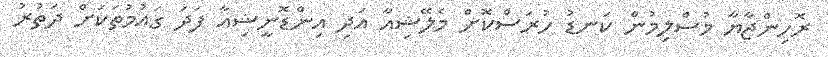
ރޮހިންޖާޔާ މުސްލިމުން ކަނޑު ހުރަސްކޮށް މެލޭޝިއާ އަދި އިންޑޮނީޝިއާ ފަދަ ގައުމުތަކަށް ދަތުރު